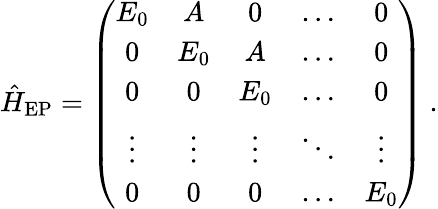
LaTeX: \hat{H}_{\mathrm{EP}}=\left(\begin{array}{ccccc}{E_{0}}&{A}&{0}&{\ldots}&{0}\\ {0}&{E_{0}}&{A}&{\ldots}&{0}\\ {0}&{0}&{E_{0}}&{\ldots}&{0}\\ {\vdots}&{\vdots}&{\vdots}&{\ddots}&{\vdots}\\ {0}&{0}&{0}&{\ldots}&{E_{0}}\end{array}\right)\ .